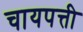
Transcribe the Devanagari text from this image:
चायपत्ती